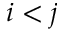
i < j